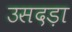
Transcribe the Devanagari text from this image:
उसदड़ा